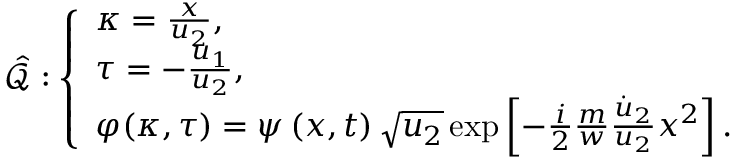
\hat { \mathcal { Q } } : \left\{ \begin{array} { l l } { \kappa = \frac { x } { u _ { 2 } } , } \\ { \tau = - \frac { u _ { 1 } } { u _ { 2 } } , } \\ { \varphi ( \kappa , \tau ) = \psi \left( x , t \right) \sqrt { u _ { 2 } } \exp \left[ { - \frac { i } { 2 } \frac { m } { w } \frac { \dot { u } _ { 2 } } { u _ { 2 } } x ^ { 2 } } \right] . } \end{array} \right.